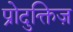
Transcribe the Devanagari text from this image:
प्रोदुक्तिज़